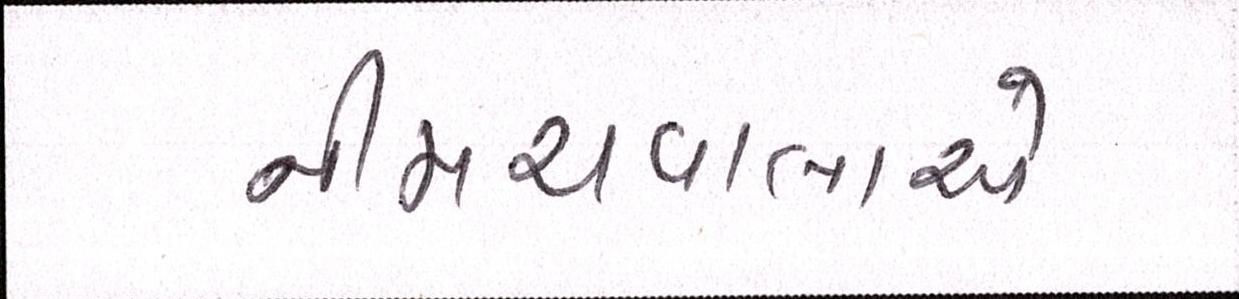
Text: નીમચવાલાએ